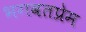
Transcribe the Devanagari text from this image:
भगवतप्रेम